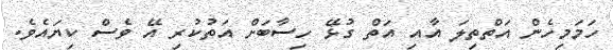
ހަމަމިހެން އަތްތިލަ އާއި އަތް ގުޅޭ ހިސާބަށް އަތުކުރި އޭ ވެސް ކިޔައެވެ.